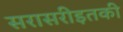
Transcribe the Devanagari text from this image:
सरासरीइतकी